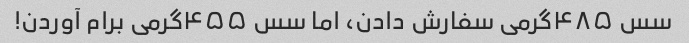
سس ۴۸۵گرمی سفارش دادن، اما سس ۴۵۵گرمی برام آوردن!